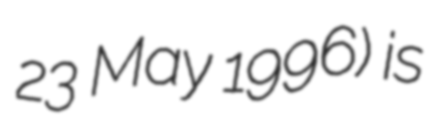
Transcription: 23 May 1996) is